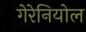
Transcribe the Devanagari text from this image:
गेरेनियोल